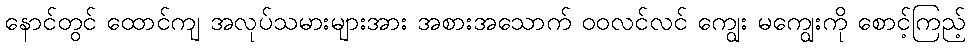
နောင်တွင် ထောင်ကျ အလုပ်သမားများအား အစားအသောက် ဝဝလင်လင် ကျွေး မကျွေးကို စောင့်ကြည့်